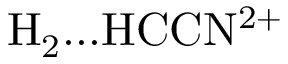
\mathrm { H _ { 2 } . . . H C C N ^ { 2 + } }